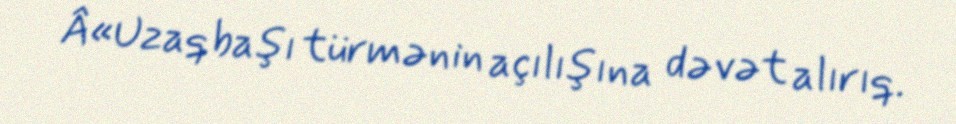
Â«Uzaqbaşı türmənin açılışına dəvət alırıq.